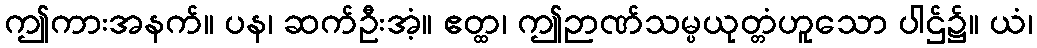
ဤကားအနက်။ ပန၊ ဆက်ဦးအံ့။ ဧတ္ထ၊ ဤဉာဏ်သမ္ပယုတ္တံဟူသော ပါဌ်၌။ ယံ၊